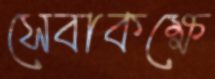
সেবাকক্ষে